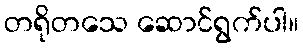
တရိုတသေ ဆောင်ရွက်ပါ။